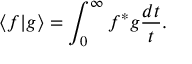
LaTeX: \langle f \vert g \rangle = \int _ { 0 } ^ { \infty } f ^ { * } g \frac { d t } { t } .